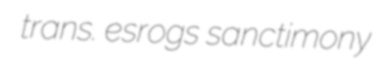
trans. esrogs sanctimony